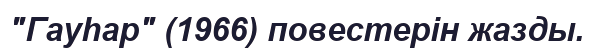
"Гауһар" (1966) повестерін жазды.